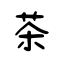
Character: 茶